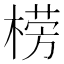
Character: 𣗦